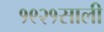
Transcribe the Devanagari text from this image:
१९२१साली